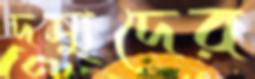
দস্যুদের